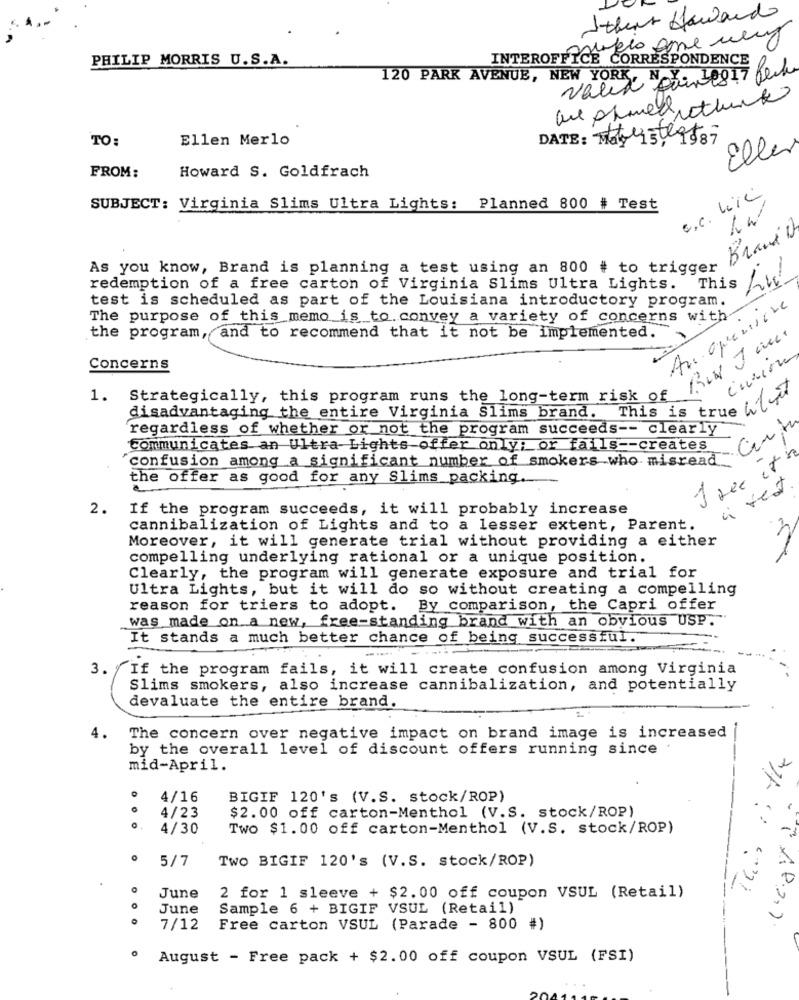
Itheir Lawand
PHILIP MORRIS U.S.A.
INTEROFFICE CORRESPONDENCE
120 PARK AVENUE, NEW YORK, N. Y. 10017 Peck
valid pain
TO:
Ellen Merlo
DATE: Mateste9587
Eller
Howard S. Goldfrach
FROM:
SUBJECT: Virginia Slims Ultra Lights: Planned 800 # Test
Brand D
As you know, Brand is planning a test using an 800 # to trigger
redemption of a free carton of Virginia Slims Ultra Lights. This
test is scheduled as part of the Louisiana introductory program.
An apremière
The purpose of this memo is to. convey a variety of concerns with
the program, and to recommend that it not be implemented.
Concerns
1. Strategically, this program runs the long-term risk of
disadvantageing the entire Virginia Slims brand. This is true
regardless of whether or not the program succeeds -- clearly
Communicates an Ultra- Lights offer only; or fails -- creates
confusion among a significant number of smokers who misread
I rec ita
the offer as good for any Slims packing.
2.
If the program succeeds, it will probably increase
cannibalization of Lights and to a lesser extent, Parent.
Moreover, it will generate trial without providing a either
compelling underlying rational or a unique position.
Clearly, the program will generate exposure and trial for
Ultra Lights, but it will do so without creating a compelling
reason for triers to adopt. By comparison, the Capri offer
was made on a new, free-standing brand with an obvious USP.
It stands a much better chance of being successful.
3. y
If the program fails, it will create confusion among Virginia
Slims smokers, also increase cannibalization, and potentially
devaluate the entire brand.
4.
The concern over negative impact on brand image is increased
by the overall level of discount offers running since
this is the
mid-April.
4/16
BIGIF 120's (V.S. stock/ROP)
$2.00 off carton-Menthol (V.S. stock/ROP)
4/23
4/30
Two $1.00 off carton-Menthol (V.S. stock/ROP)
5/7
TWO BIGIF 120's (V.S. stock/ROP)
June
2 for 1 sleeve + $2.00 off coupon VSUL (Retail)
June
Sample 6 + BIGIF VSUL (Retail)
-1 /8.2.)
7/12
Free carton VSUL (Parade - 800 #)
August - Free pack + $2.00 off coupon VSUL (FSI)